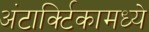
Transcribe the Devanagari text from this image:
अंटार्क्टिकामध्ये